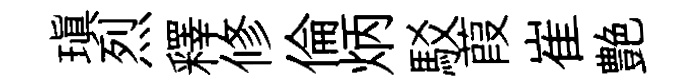
瑱烈釋修倫炳駁葭崔艶